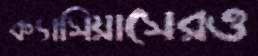
ক্যাসিয়াসেরও